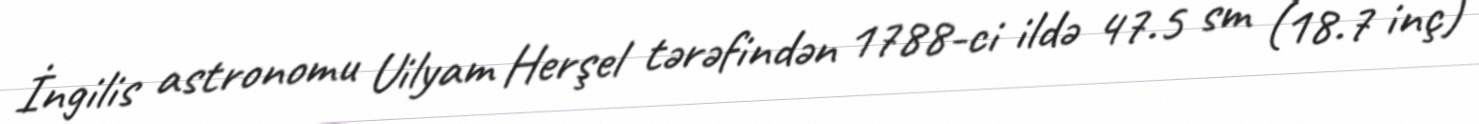
İngilis astronomu Uilyam Herşel tərəfindən 1788-ci ildə 47.5 sm (18.7 inç)